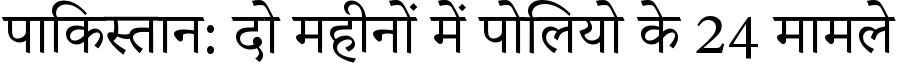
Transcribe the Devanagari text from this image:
पाकिस्तान: दो महीनों में पोलियो के 24 मामले